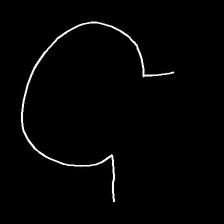
Glyph: weave